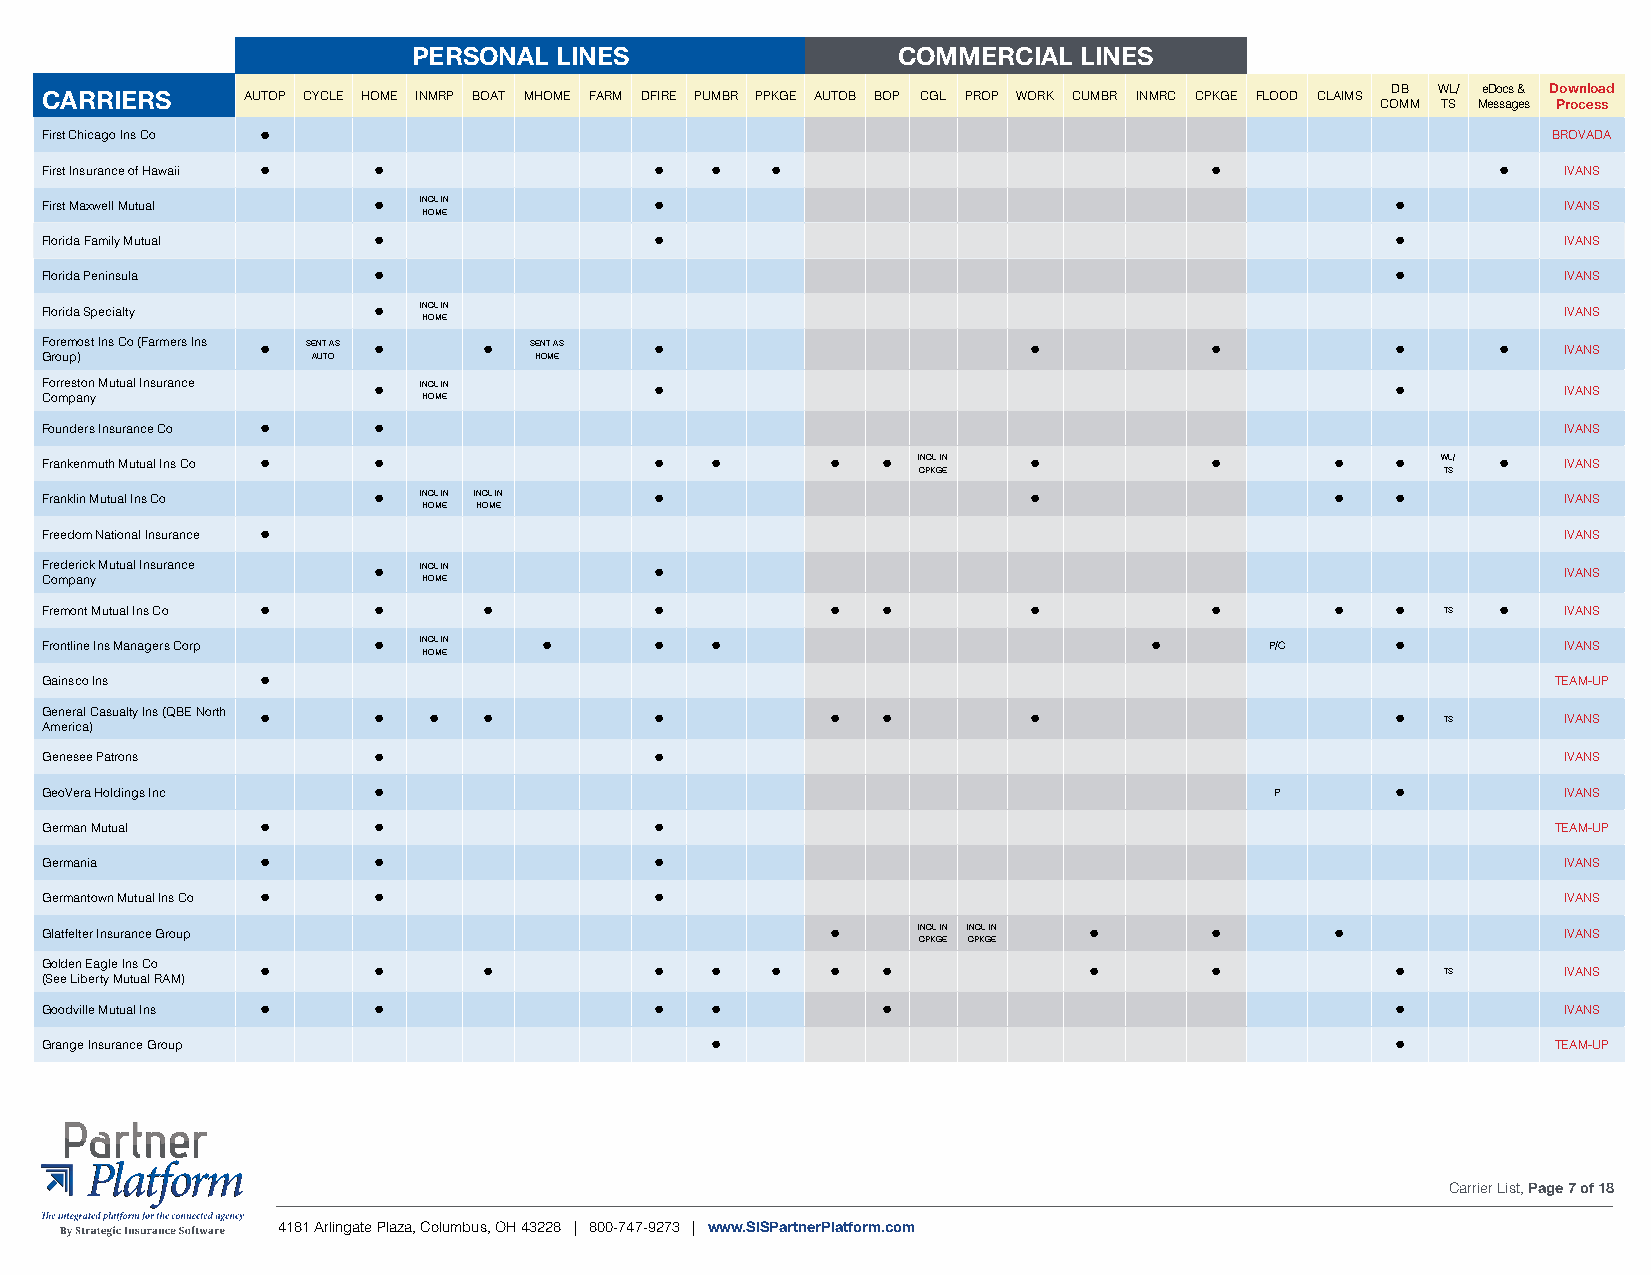
PERSONAL  LINES                 COMMERCIAL  LINES
 CARRIERS     AUTOP CYCLE HOME INMRP BOAT MHOME FARM DFIRE PUMBR PPKGE AUTOB BOP CGL PROP WORK CUMBR INMRC CPKGE FLOOD CLAIMS DB WL/ eDocs & Download
 COMM TS Messages Process
 First Chicago Ins Co •                                                                              BROVADA
 First Insurance of Hawaii • •           •   •   •                            •                  •   IVANS
 First Maxwell Mutual  •  INCL IN        •                                                •          IVANS
 HOME
 Florida Family Mutual •                 •                                                •          IVANS
 Florida Peninsula     •                                                                  •          IVANS
 Florida Specialty     •  INCL IN                                                                    IVANS
 HOME
 Foremost Ins Co (Farmers Ins • SENT AS • • SENT AS •             •           •           •      •   IVANS
 Group)            AUTO          HOME
 Forreston Mutual Insurance • INCL IN    •                                                •          IVANS
 Company                  HOME
 Founders Insurance Co • •                                                                           IVANS
 Frankenmuth Mutual Ins Co • •           •   •       •  •  INCL IN •          •       •   •  WL/ •   IVANS
 CPKGE                              TS
 Franklin Mutual Ins Co • INCL IN INCL IN •                       •                   •   •          IVANS
 HOME HOME
 Freedom National Insurance •                                                                        IVANS
 Frederick Mutual Insurance • INCL IN    •                                                           IVANS
 Company                  HOME
 Fremont Mutual Ins Co • •    •          •           •  •         •           •       •   •   TS •   IVANS
 Frontline Ins Managers Corp • INCL IN • •   •                            •       P/C     •          IVANS
 HOME
 Gainsco Ins   •                                                                                     TEAM-UP
 G Amen ee rir ca al )Casualty Ins (QBE North • • • • • • •       •                       •   TS     IVANS
 Genesee Patrons       •                 •                                                           IVANS
 GeoVera Holdings Inc  •                                                          P       •          IVANS
 German Mutual •       •                 •                                                           TEAM-UP
 Germania      •       •                 •                                                           IVANS
 Germantown Mutual Ins Co • •            •                                                           IVANS
 Glatfelter Insurance Group                          •     INCL IN INCL IN •  •       •              IVANS
 CPKGE CPKGE
 G (So el ed e Ln ib E ea rtg yl e M I un ts u aC l o R AM) • • • • • • • • • •           •   TS     IVANS
 Goodville Mutual Ins • •                •   •          •                                 •          IVANS
 Grange Insurance Group                      •                                            •          TEAM-UP
 Carrier List, Page 7 of 18
 4181 Arlingate Plaza, Columbus, OH 43228 | 800-747-9273 | www.SISPartnerPlatform.com